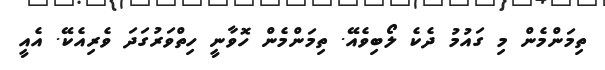
ތިމަންމެން މި ގައުމު ދެކެ ލޯބިވެއޭ. ތިމަންމެން ހޮވާނީ ހިތްވަރުގަދަ ވެރިއެކޭ. އެއީ